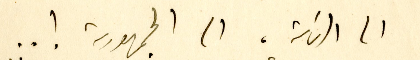
الى الرئاسة، الى الجمهورية ! ..